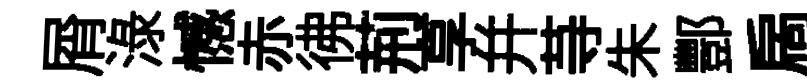
屑渌憾赤彿荊享并䒭朱酆扄